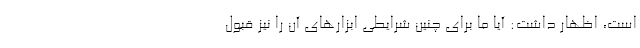
است، اظهار داشت: آیا ما برای چنین شرایطی ابزارهای آن را نیز قبول